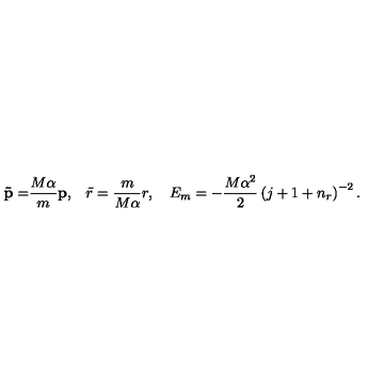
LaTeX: { \bf \tilde { p } = } \frac { M \alpha } m { \bf p , \quad } \tilde { r } = \frac m { M \alpha } r , \quad E _ { m } = - \frac { M \alpha ^ { 2 } } 2 \left( j + 1 + n _ { r } \right) ^ { - 2 } .